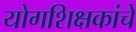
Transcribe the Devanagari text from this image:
योगशिक्षकांचे